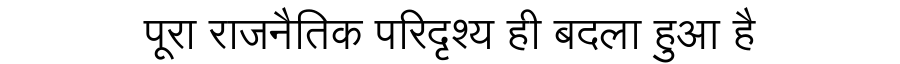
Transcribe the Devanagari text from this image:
पूरा राजनैतिक परिदृश्य ही बदला हुआ है